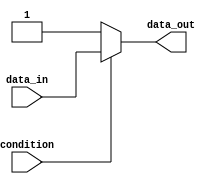
module if_else_with_negation (
    input wire condition,
    input wire data_in,
    output reg data_out
);

always @(*)
begin
    if (~condition) begin
        // Code to execute when condition is false
        data_out = 1'b1; // Example code to set data_out to 1 when condition is false
    end
    else begin
        // Code to execute when condition is true
        data_out = data_in; // Example code to assign data_in to data_out when condition is true
    end
end

endmodule